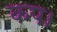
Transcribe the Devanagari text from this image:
कप।